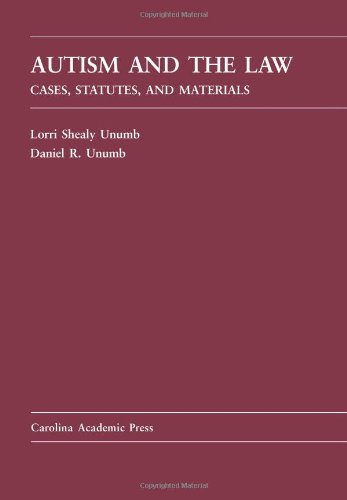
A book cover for Autism and the Law: Cases, Statutes, and Materials (Law Casebook); Lorri Shealy Unumb; Law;